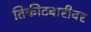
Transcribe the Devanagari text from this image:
तिकीटबारीवर